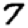
Digit: 7